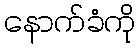
နောက်ခံကို